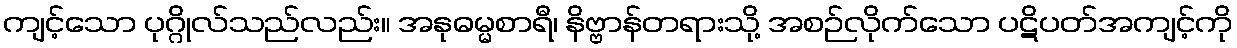
ကျင့်သော ပုဂ္ဂိုလ်သည်လည်း။ အနုဓမ္မစာရီ၊ နိဗ္ဗာန်တရားသို့ အစဉ်လိုက်သော ပဋိပတ်အကျင့်ကို